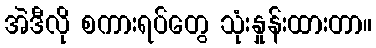
အဲဒီလို စကားရပ်တွေ သုံးနှုန်းထားတာ။